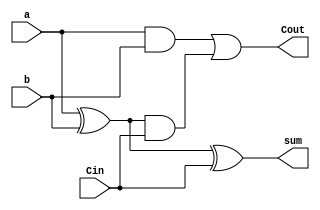
`timescale 1ns / 1ps
//////////////////////////////////////////////////////////////////////////////////
// Company: 
// Engineer: 
// 
// Design Name: 
// Module Name:    Full_adder 
// Project Name: 
// Target Devices: 
// Tool versions: 
// Description: 
//
// Dependencies: 
//
// Revision: 
// Revision 0.01 - File Created
// Additional Comments: 
//
//////////////////////////////////////////////////////////////////////////////////
module FA(
    input a,
    input b,
    input Cin,
    output Cout,
    output sum
    );
assign sum = a ^ b ^ Cin;
assign Cout = (a&b) | (a^b) & Cin;

endmodule